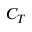
C _ { T }